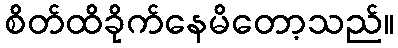
စိတ်ထိခိုက်နေမိတော့သည်။